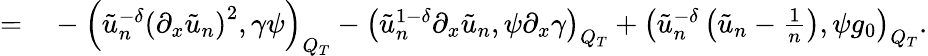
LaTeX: \begin{array}{rl}{=}&{{}-\left(\tilde{u}_{n}^{-\delta}\left(\partial_{x}\tilde{u}_{n}\right)^{2},\gamma\psi\right)_{Q_{T}}-\left(\tilde{u}_{n}^{1-\delta}\partial_{x}\tilde{u}_{n},\psi\partial_{x}\gamma\right)_{Q_{T}}+\left(\tilde{u}_{n}^{-\delta}\left(\tilde{u}_{n}-\frac{1}{n}\right),\psi g_{0}\right)_{Q_{T}}.}\end{array}